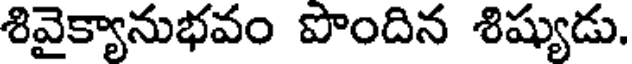
శివైక్యానుభవం పొందిన శిష్యుడు.